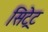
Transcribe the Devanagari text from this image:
सिट्रेट